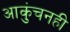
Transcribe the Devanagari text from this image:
आकुंचनही